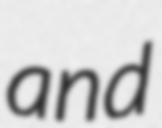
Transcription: and